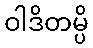
ဝါဒိတမ္ပိ